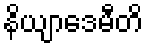
နိယျာဒေမီတိ